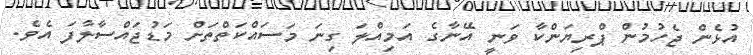
އުޅެން ޖެހުމުން ޕްރިޔަންކާ ވަނީ އޭނާގެ އަމިއްލަ ގިނަ މަސައްކަތްތަށް މަޑުޖައްސާލާފަ އެވެ.